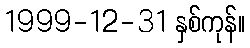
1999-12-31 နှစ်ကုန်။